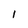
Character: 1